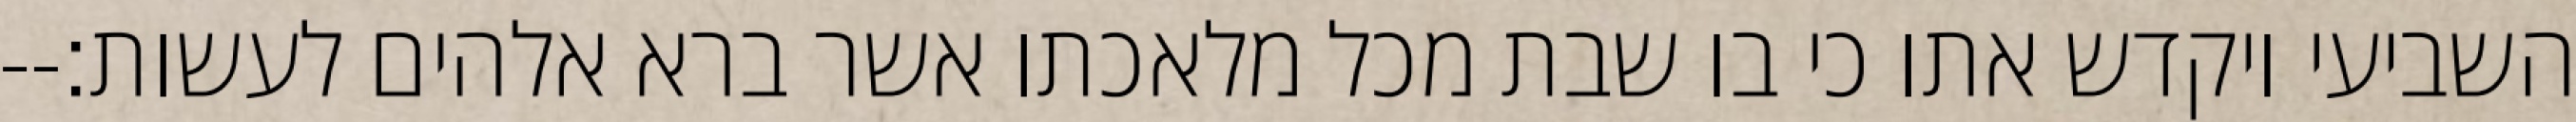
השביעי ויקדש אתו כי בו שבת מכל מלאכתו אשר ברא אלהים לעשות׃--